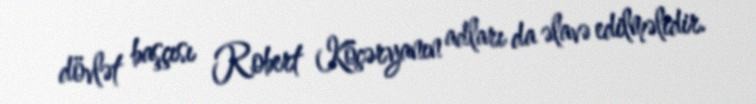
dövlət başçısı Robert Köçəryanın adları da əlavə edilməlidir.